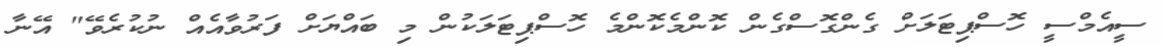
ސީއެމްސީ ހޮސްޕިޓަލަށް ގެންގޮސްގެން ކޮންމެކޮންމެ ހޮސްޕިޓަލަކުން މި ބައްޔަށް ފަރުވާއެއް ނުކުރެވޭ" އޭނާ